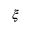
\xi